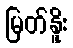
မြတ်နိူး